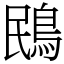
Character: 鴖